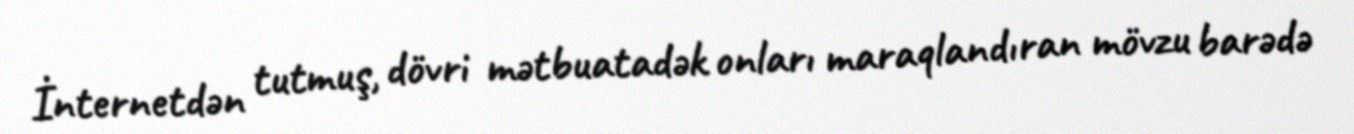
İnternetdən tutmuş, dövri mətbuatadək onları maraqlandıran mövzu barədə